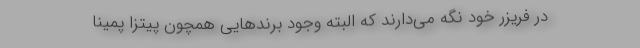
در فریزر خود نگه می‌دارند که البته وجود برندهایی همچون پیتزا پمینا